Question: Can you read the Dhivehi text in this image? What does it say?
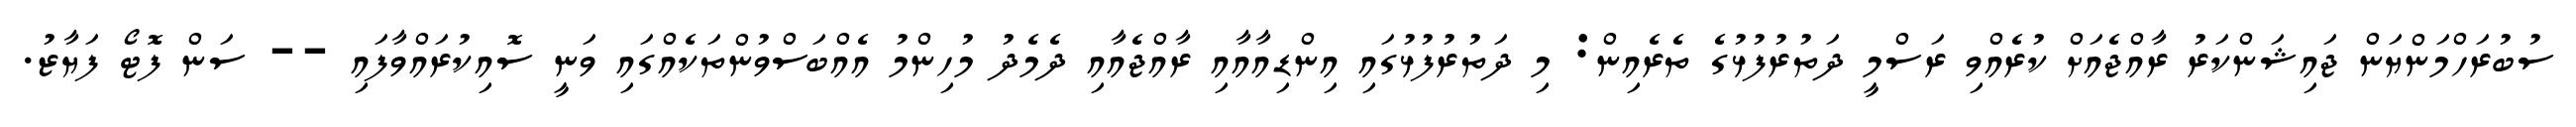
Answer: ސުބުރަހްމަންޔަން ޖައިޝަންކަރު ރާއްޖެއަށް ކުރެއްވި ރަސްމީ ދަތުރުފުޅުގެ ތެރެއިން: މި ދަތުރުފުޅުގައި އިންޑިއާއާއި ރާއްޖެއާއި ދެމެދު މުހިންމު އެއްބަސްވުންތަކެއްގައި ވަނީ ސޮއިކުރައްވާފައި -- ސަން ފޮޓޯ ފަޔާޒު.